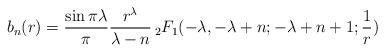
LaTeX: \begin{align*}b_n(r) = \frac{\sin \pi \lambda}{\pi} \frac{r^{\lambda}}{\lambda-n} \,_2F_1(-\lambda, -\lambda+n; - \lambda+n+1; \frac1r)\end{align*}